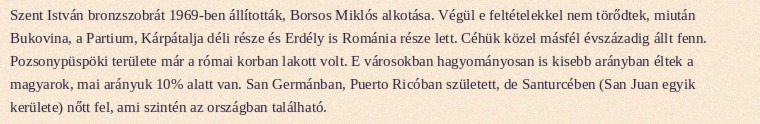
Szent István bronzszobrát 1969-ben állították, Borsos Miklós alkotása. Végül e feltételekkel nem törődtek, miután Bukovina, a Partium, Kárpátalja déli része és Erdély is Románia része lett. Céhük közel másfél évszázadig állt fenn. Pozsonypüspöki területe már a római korban lakott volt. E városokban hagyományosan is kisebb arányban éltek a magyarok, mai arányuk 10% alatt van. San Germánban, Puerto Ricóban született, de Santurcében (San Juan egyik kerülete) nőtt fel, ami szintén az országban található.